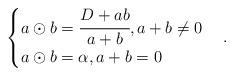
LaTeX: \begin{align*}\begin{cases} a \odot b = \cfrac{D + a b}{a + b}, a + b \not= 0 \cr a \odot b = \alpha, a + b = 0 \end{cases}.\end{align*}